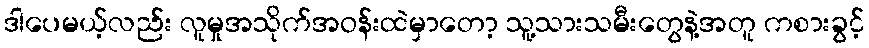
ဒါပေမယ့်လည်း လူမှုအသိုက်အဝန်းထဲမှာတော့ သူ့သားသမီးတွေနဲ့အတူ ကစားခွင့်